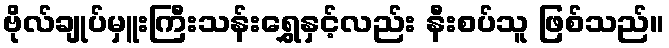
ဗိုလ်ချုပ်မှူးကြီးသန်းရွှေနှင့်လည်း နီးစပ်သူ ဖြစ်သည်။